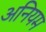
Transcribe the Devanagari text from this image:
अनियम